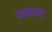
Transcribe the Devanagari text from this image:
नमरुद